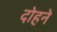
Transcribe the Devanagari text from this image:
दोहने